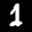
Label: 1